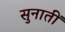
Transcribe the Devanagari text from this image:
सुनातीं